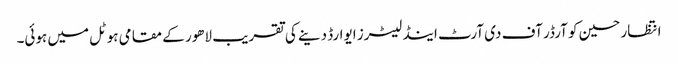
انتظار حسین کو آرڈر آف دی آرٹ اینڈ لیٹرز ایوارڈ دینے کی تقریب لاھور کے مقامی ہوٹل میں ہوئی۔